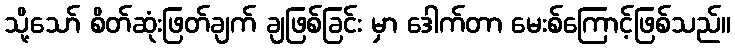
သို့သော် စိတ်ဆုံးဖြတ်ချက် ချဖြစ်ခြင်း မှာ ဒေါက်တာ မေးစ်ကြောင့်ဖြစ်သည်။